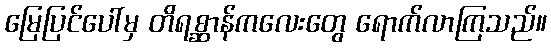
မြေပြင်ပေါ်မှ တိရစ္ဆာန်ကလေးတွေ ရောက်လာကြသည်။